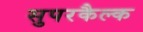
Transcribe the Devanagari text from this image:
सुपरकैल्क